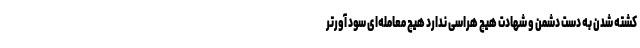
کشته شدن به دست دشمن و شهادت هیچ هراسی ندارد هیچ معامله‌ای سود آور‌تر